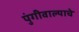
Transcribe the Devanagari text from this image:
पुंगीवाल्याचे